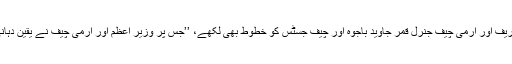
انہوں نے کہا کہ اس معاملے پر انہوں نے اس وقت کے وزیراعظم نواز شریف اور آرمی چیف جنرل قمر جاوید باجوہ اور چیف جسٹس کو خطوط بھی لکھے، ’’جس پر وزیر اعظم اور آرمی چیف نے یقین دہانی کروائی کہ اس کے ذمہ داران کے خلاف سخت کارروائی کی جائے گی۔